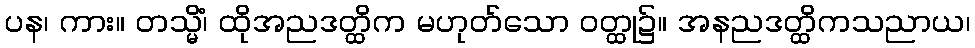
ပန၊ ကား။ တသ္မိံ၊ ထိုအညဒတ္ထိက မဟုတ်သော ဝတ္ထု၌။ အနညဒတ္ထိကသညာယ၊